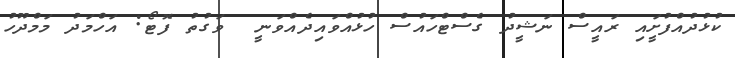
ކުޅުދުއްފުށީައި ރައީސް ނަޝީދު ގެސްޓްހައުސް ހުޅުއްވައިދެއްވަނީ  ވަގުތު ފޮޓޯ: އަހްމަދު މަމްދޫހު